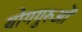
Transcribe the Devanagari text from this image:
योगगुरुओं